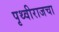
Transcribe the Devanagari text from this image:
पृथ्वीराजचा